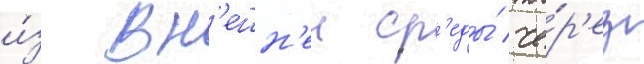
и́з вн'ешн'еи ср'еды́ че́р'ез